Lunatic asylums in Bengal annual reports 1888-1898 - 1888-1898
Year: 1888
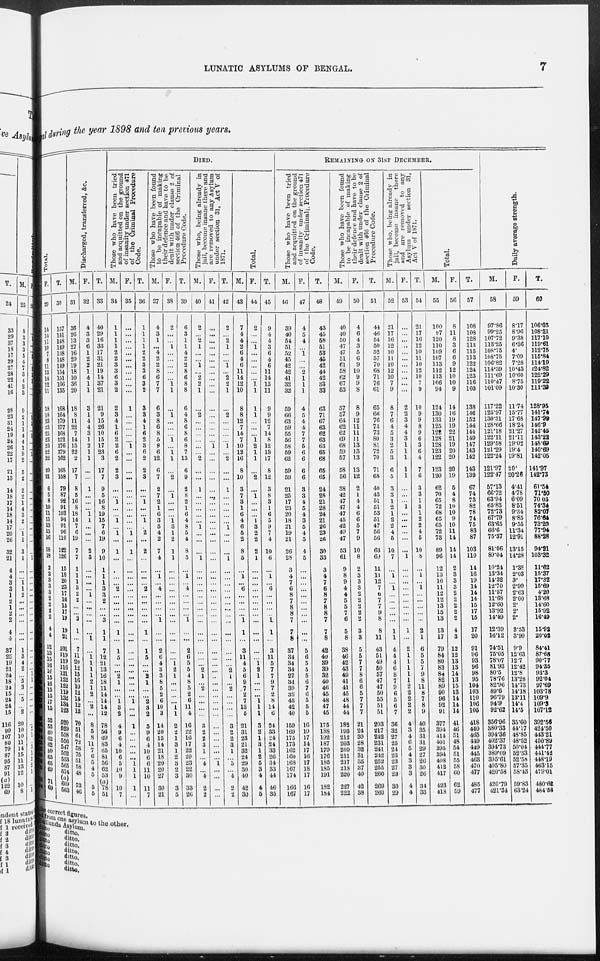
LUNATIC ASYLUMS OF BENGAL.
7
engal during the year 1898 and ten previous years.
Total.
F.
29
14
14
11
10
7
8
11
13
14
12
11
18
18
23
23
25
23
23
22
22
20
21
6
5
8
10
11
11
13
13 16
8
18
2
3
3
3
2
2
2
2
2
4
4
12
13
15
16
16
15
16
15
15
17
15
52
53
60
62
62
59
65
65
69
71
69
T.
30
157
141
148
149
138
148
149
154
151
166
135
168
164
179
177
163
172
176
179
162
168
158
79
87
92
91
103
94
91
96
110
122
126
15
18
20
23
17
16
15
17
19
19
21
101
119
119
116
121
122
122
119
132
134
123
520
529
558
556
547
552
563
565
574
(a)
609
503
Discharged, transferred, &c.
M.
31
36
26
13
27
16
29
19
18
10
36
20
18
8
11
22
7
14
15
22
2
17
7
8
5
16
8
18
14
7
6
19
7
7
1
1
1
3
2
2
...
...
3
1
...
7
11
20
12
15
16
10
12
14
12
12
70
51
61
72
58
75
51
58
48
73
46
F.
32
4
3
3
6
1
2
2
1
4
1
1
8
1
4
4
3
1
2
1
1
...
...
1
...
...
...
1
1
...
...
...
2
3
...
...
...
...
1
...
...
...
...
...
1
...
1
1
1
1
2
1
2
...
2
...
8
5
8
11
7
6
5
4
5
5
5
T.
33
40
29
16
33
17
31
21
19
14
37
21
21
9
15
26
10
15
17
23
3
17
7
9
5
16
8
19
15
7
6
19
9
10
1
1
1
3
3
2
...
...
3
1
1
7
12
21
13
16
18
11
14
14
14
12
78
56
69 83
65
81
56
62
53
(a)
78 51
DIED.
Those who have been tried
and acquitted on the ground
of insanity under section 471
of the Criminal Procedure
Code.
M.
34
1
1
1
1
2
2
3
3
6
3
2
2
3
4
1
6
2
2
6
2
2
3
...
...
1
...
...
1
...
1
...
1
...
...
...
...
2
...
...
...
...
...
1
...
1
5
...
...
2
1
....
...
1
3
2
4
9
6
4
10
6
5
10
9
10
7
F.
35
...
...
...
...
...
...
...
...
...
...
...
1
...
...
...
...
...
1
...
...
...
...
...
...
...
...
...
...
...
1
...
1
...
...
...
...
...
...
...
...
...
...
...
...
...
...
...
...
...
...
...
...
1
...
...
1
...
...
...
...
...
1
1
1
1
...
T.
36
1
1
1
1
2
2
3
3
6
3
2
3
3
4
1
6
2
3
6
2
2
3
...
...
1
...
...
1
...
2
...
2
...
...
...
...
2
...
...
...
...
...
1
...
1
5
...
...
2
1
...
...
2
3
2
5
9
6
4
10
6
6
11
10
11
7
Those who have been found
to be incapable of making
their defence and have to be
dealt with under clause 2 of
section 466 of the Criminal
Procedure Code.
M.
37
4
3
1
...
4
2
2
8
6
7
7
6
3
8
6
8
5
8
6
12
6
7
2
7
2
1
6
3
5
4
2
7
4
...
1
...
4
...
...
...
...
1
...
...
2
6
4
3
3
8
5
2
6
10
3
14
20
15
14
21
18
20
20
27
30
21
F.
38
2
...
...
1
...
...
...
...
...
1
1
...
1
...
...
...
1
...
1 1
...
2
...
1
...
...
...
1
3
1
2
1
1
...
...
...
...
...
...
...
...
...
...
...
...
...
1
2
1
...
...
...
...
1
1
2
2
1
3
1
2
3
2
3
3
5
T.
39
6
3
1
1
4
2
2
8
6
8
8
6
4
8
6
8
6
8
7
13
6
9
2
8
2
1
6
4
8
5
4
8
5
...
1
...
4
...
...
...
...
1
...
...
2
6
5
5
4
8
5
2
6
11
4
16
22
16
17
22
20
23
22
30
33
26
Those who, being already in
jail, become insane there and
are removed to any Asylum
under section 31, Act V of
1871.
M.
40
2
...
2
1
...
...
1
...
2
2
1
...
2
...
...
...
...
...
...
2
...
...
1
...
...
...
...
...
1
...
...
...
1
...
...
...
...
...
...
...
...
...
...
...
...
...
...
2
1
...
2
...
...
...
...
3
2
2
3
1
...
4
...
4
2
2
F.
41
...
...
...
...
...
...
...
..
...
...
...
...
...
...
...
...
...
1
...
...
...
...
...
...
...
...
...
...
...
...
...
...
...
...
...
...
...
...
...
...
...
...
...
...
...
...
...
...
...
...
...
...
...
...
...
...
...
...
...
...
...
1
...
...
...
...
T.
42
2
...
2
1
...
...
1
...
2
2
1
...
2
...
...
...
...
1
...
2
...
...
1
...
...
...
...
...
1
...
...
...
1
...
...
...
...
...
...
...
...
...
...
...
...
...
...
2
1
...
2
...
...
...
...
3
2
2
3
1
...
5
...
4
2
2
Total.
M.
43
7
4
4
2
6
4
6
11
14
12
10
8
8
12
7
14
7
10
12
16
8
10
3
7
3
1
6
4
6
5
2
8
5
...
1
...
6
...
...
...
...
1
1
...
3
11
4
5
6
9
7
2
7
13
5
21
31
23
21
32
24
29
30
40
42
30
F.
44
2
...
...
1 ...
...
...
...
...
1
1
1
1
...
...
...
1
2
1
1
...
2
...
1
...
...
...
1
3
2
2
2
1
...
...
...
...
...
...
...
...
...
...
...
...
...
1 2
1
...
...
...
1
1
1
3
2
1
3
1
2
5
3
4
4
5
T.
45
9
4
4
3
6
4
6
11
14
13
11
9
9
12
7
14
8
12
13
17
8
12
3
8
3
1
6
5
9
7
4
10
6
...
1
...
6
...
...
...
...
1
1
...
3
11
5
7
7
9
7
2
8
14
6
24
33
24
24
33
26
34
33
44
46
35
REMAINING ON 31ST DECEMBER.
Those who have been tried
and acquitted on the ground
of insanity under section 471
of the Criminal, Procedure
Code.
M.
46
39
40
54
51
52
45
42
42
41
32
32
59
66
63
59
55
56
58
59
62
59
59
21
25
17
23
20
18
21
19
21
26
28
3
4
7
6
8
7
8
8
7
7
8
37
34
34
34
27
34
39
39
43
42
40
159
169
175
173
162
160
168
167
174
166
167
F.
47
4
5
4
...
1
...
...
2
1
1
1
4
5
4
4
7
7
5
6
6
6
6
3
3
4
5
4
3
5
4
5
4
5
...
...
...
...
...
...
...
...
...
...
...
5
6
5
5
5
6
7
6
5
5
5
16
19
17
14
17
16
17
18
17
16
17
T.
48
43
45
58
51
53
45
42
44
42
33
33
63
71
67
63
62
63
63
65
68
65
65
24
28
21
28
24
21
26
23
26
30
33
3
4
7
6
8
7
8
8
7
7
8
42
40
39
39
32
40
46
45
48
47
45
175
188
192
187
179
176
185
185
191
182
184
Those who have been found
to be incapable of making
their defence and have to be
dealt with under clause 2 of
section 466 of the Criminal
Procedure Code.
M.
49
40
40
50
47
47
51
61
58
62
67
53
57
57
64
62
62
69
68
59
57
58
56
38
42
47
47
47
45
42
49
47
53
61
9
8
9
4
4
5
5
7
6
5
8
38
46
42
43
49
41
41
45
48
44
44
182
193
212
203
209
211
217
218
220
227
222
F.
50
4
6
4
3
5
6
9
10
9
9
8
8
9
12
11
11
11
13
13
13
13
12
2
1
4
4
6
6
5
7
9
10
8
2
3
3
3
2
2
2
2
2
3
3
5
5
7
7
8
6
6
5
7
7
7
21
24
30
28
32
31
35
37
40
42
38
T.
51
44
46
54
50
52
57
70
68
71
76
61
65
66
76
73
73
80
81
72
70
71
68
40
43
51
51
53
51
47
56
56
63
60
11
11
12
7
6
7
7
9
8
8
11
43
51
49
50
57
47
47
50
55
51
51
203
217
242
231
241
242
252
255
260
269
260
Those who, being already in
jail, become insane there
and are removed to any
Asylum under section 31,
Act V of 1871.
M.
52
21
17
16
12
10
11
10
12
10
7
9
8
7
6
4
5
3
2
5
3
6
5
3
3
1
2
1
2
2
4
5
10
7
...
1
...
...
...
...
...
...
...
1
1
4
4
4
6
8
7
9
6
5
6
7
36
32
27
25
24
23
23
27
23
30
29
F.
53
...
...
...
...
...
...
...
...
...
...
...
2
2
3
4
4
3
1
1
1
1
1
...
...
...
1
...
...
...
...
...
...
1
...
....
...
...
...
...
...
...
...
1
...
2
1
1
1
1
1
2
2
2
2
2
4
3
4
6
5
4
3
3
3
4
4
T.
54
21
17
16
12
10
11
10
12
10
7
9
10
9
9
8
9
6
3
6
4
7
6
3
3
1
3
1
2
2
4
5
10
8
...
1
...
1
...
...
...
...
...
2
1
6
5
5
7
9
8
11
8
7
8
9
40
35
31
31
29
27
26
30
26
34
33
Total.
M.
55
100
97
120
110
109
107
113
112
113
106
94
124
130
133
125
122
128
128
123
122
123
120
62
70
65
72
68
65
65
72
73
89
96
12
13
16
11
12
12
13
15
13
13
17
79
84
80
83
84
82
89
90
96
92
91
377
394
414
401
395
394
408
412
417
423
418
F.
56
8
11
8
3
6
6
9
12
10
10
9
14
16
19
19
22
21
19
20
20
20
19
5
4
8
10
10
9
10
11
14
14
14
2
3
3
3
2
2
2
2
2
4
3
12
12
13
13
14
13
15
13
14
14
14
41
46
51
48
54
51
55
58
60
62
59
T.
57
108
108
128
113
115
113
122
124
123
116
103
138
146
152
144
144
149
147
143
142
143
139
67
74
73
82
78
74
75
83
87
103
110
14
16
19
14
14
14
15
17
15
17
20
91
96
93
96
98
95
104
103
110
106
105
418
440
465
419
449
445
463
470
477
485
477
Daily average strength.
M.
58
97.86
99.25
107.72
113.25
108.75
108.75
106.82
114.39
111.69
110.47
101.09
117.22
125.97
130.31
128.66
121.18
122.11
129.58
121.29
122.24
121.97
122.47
57.13
66.72
63.94
65.83
72.73
67.79
63.65
66.6
75.37
81.06
89.04
10.24
13.34
14.32
12.70
11.57
11.68
12.60
13.92
14.49
12.39
16.12
74.51
75.05
78.07
81.93
80.5
78.76
82.96
89.6
96.79
94.9
92.62
356.96
380.33
394.36
402.37
394.78
389.09
395.61
405.80
420.58
420.79
421.34
F.
59
8.17
8.96
9.38
6.36
4.
7.09
7.28
10.43
10.60
8.75
10.30
11.74
15.77
17.68
18.24
21.27
21.11
19.02
19.4
19.81
20.
20.26
4.41
4.78
6.09
8.51
9.34
8.85
9.55
11.34
12.91
13.15
14.28
1.38
2.03
3.
2.99
2.63
2.00
2.
2.
2.
3.53
3.90
9.9
12.63
12.7
12.42
12.8
13.28
14.73
14.18
13.11
14.4
14.5
35.60
44.17
48.85
48.52
50.04
52.33
52.58
57.35
58.43
59.83
63.24
T.
60
106.03
108.21
117.10
119.61
112.75
115.84
114.10
124.82
122.29
119.22
111.39
128.95
141.74
147.99
146.9
142.45
143.22
148.69
140.69
142.05
141.97
142.73
61.54
71.50
70.03
74.34
82.07
76.84
73.20
77.94
88.28
94.21
103.32
11.62
15.37
17.32
15.69
4.20
13.68
14.60
15.92
16.49
15.92
20.02
84.41
87.68
90.77
94.35
93.3
92.04
97.69
103.78
109.9
109.3
107.12
392.56
424.50
443.21
450.89
444.77
441.42
448.19
463.15
479.01
480.62
484.58
the correct figures.
ed from one asylum to the other.
Dullunda Asylum.
ditto ditto.
ditto
ditto.
ditto ditto.
ditto
ditto.
ditto
ditto.
ditto. ditto.
ditto. ditto.